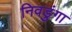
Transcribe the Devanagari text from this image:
निवडुंगा